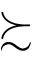
\succsim